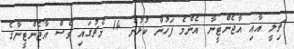
ޗިލީ އާޢި އާޖެންޓީނާ އެންމެ ފަހުން ކުޅުނު 14 މެޗުގައި ވެސް އާޖެންޓީނާގެ